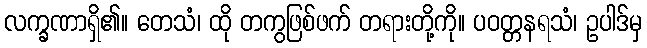
လက္ခဏာရှိ၏။ တေသံ၊ ထို တကွဖြစ်ဖက် တရားတို့ကို။ ပဝတ္တနရသံ၊ ဥပါဒ်မှ